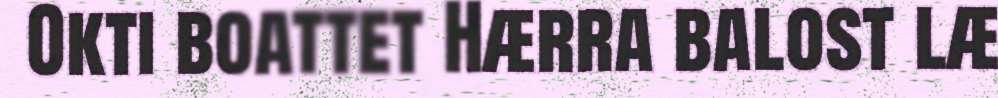
Okti boattet Hærra balost læ